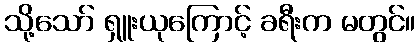
သို့သော် ရှူးယုကြောင့် ခရီးက မတွင်။